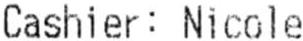
CASHIER: NICOLE